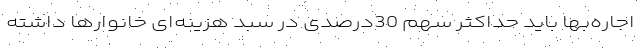
اجاره‌‌بها باید حداکثر سهم 30درصدی در سبد هزینه‌‌ای خانوارها داشته